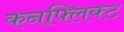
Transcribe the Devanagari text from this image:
कनफ्लिक्ट